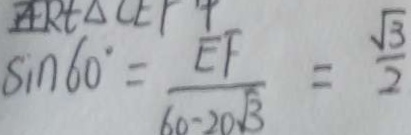
\sin 6 0 ^ { \circ } = \frac { E F } { 6 0 - 2 0 \sqrt { 3 } } = \frac { \sqrt { 3 } } { 2 }